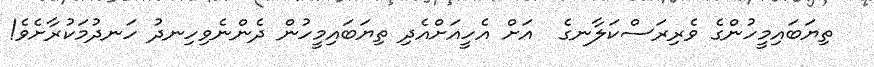
ތިޔަބައިމީހުންގެ ވެރިރަސްކަލާނގެ  އަށް އެހީއަށްއެދި ތިޔަބައިމީހުން ދެންނެވިހިނދު ހަނދުމަކުރާށެވެ!